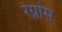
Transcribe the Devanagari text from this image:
रेग्नांस